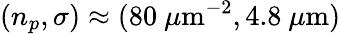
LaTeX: (n_{p},\sigma)\approx(80~\mu\mathrm{m}^{-2},4.8~\mu\mathrm{m})